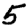
Digit: 5